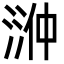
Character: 㴢